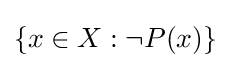
\{x\in X:\neg P(x)\}